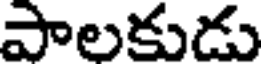
పాలకుడు